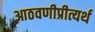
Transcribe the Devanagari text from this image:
आठवणीप्रीत्यर्थ